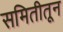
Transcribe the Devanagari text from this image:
समितीतून